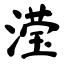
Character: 滢